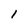
Character: 1